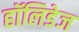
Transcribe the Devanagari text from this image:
हॉलिडेज